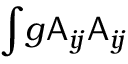
\int \! g \mathsf { A } _ { i \! j } \mathsf { A } _ { i \! j }